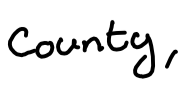
Text: county,
Cross-out: clean
Writing tool: digital_black